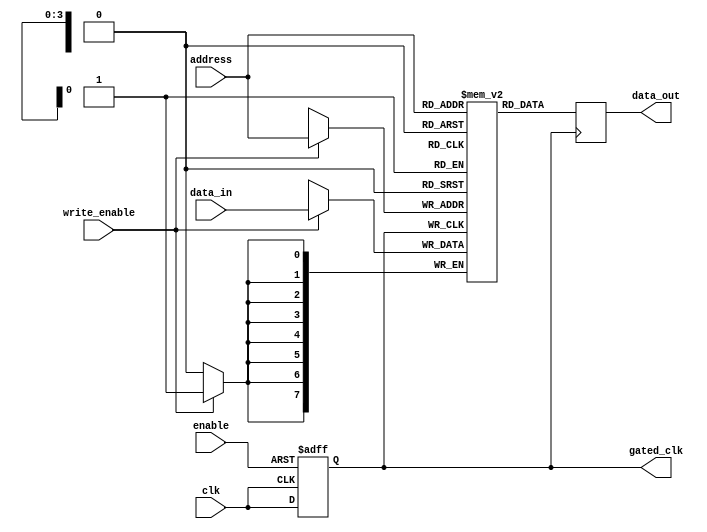
module conditional_clock_gating (
    input wire clk,            // Primary clock signal
    input wire enable,         // Enable signal for clock gating
    output reg gated_clk,      // Gated clock signal
    input wire [7:0] data_in,  // Data input for memory block
    output reg [7:0] data_out, // Data output from memory block
    input wire write_enable,    // Write enable for memory block
    input wire [3:0] address    // Address for memory block
);

// Memory block declaration (example: 16x8 RAM)
reg [7:0] memory [0:15];

// Gating logic
always @(posedge clk or negedge enable) begin
    if (!enable) begin
        gated_clk <= 1'b0; // Hold gated clock low when enable is inactive
    end else begin
        gated_clk <= clk;   // Pass the primary clock when enabled
    end
end

// Memory block operation controlled by gated clock
always @(posedge gated_clk) begin
    if (write_enable) begin
        memory[address] <= data_in; // Write data to memory
    end
    data_out <= memory[address];      // Read data from memory
end

endmodule